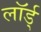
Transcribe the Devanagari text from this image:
लॉर्ड्